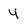
Character: 4